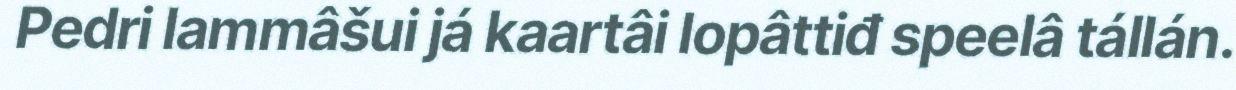
Pedri lammâšui já kaartâi lopâttiđ speelâ tállán.